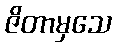
ဇိတာမှသေ